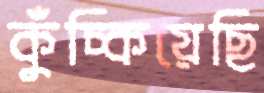
কুঁচ্‌কিয়েছি